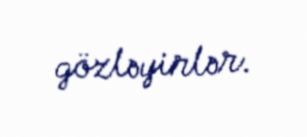
gözləyirlər.